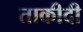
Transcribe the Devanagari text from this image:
ताकीदी